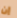
إن